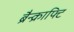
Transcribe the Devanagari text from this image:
ब्रैन्क्राफ्टि